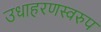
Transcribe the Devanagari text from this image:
उधाहरणस्वरुप